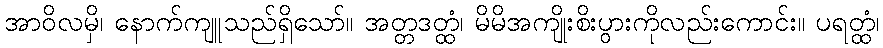
အာဝိလမှိ၊ နောက်ကျူသည်ရှိသော်။ အတ္တဒတ္ထံ၊ မိမိအကျိုးစိးပွားကိုလည်းကောင်း။ ပရတ္ထံ၊